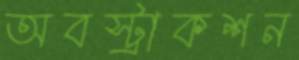
অবস্ট্রাকশন